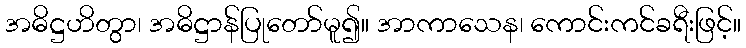
အဓိဋ္ဌဟိတွာ၊ အဓိဋ္ဌာန်ပြုတော်မူ၍။ အာကာသေန၊ ကောင်းကင်ခရီးဖြင့်။